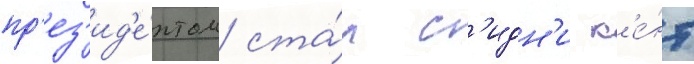
пр'ез'ид'е́нтом ста́л с'идн'и к'е́нт